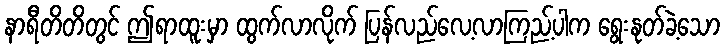
နာရီတိတိတွင် ဤရာထူးမှာ ထွက်လာလိုက် ပြန်လည်လေ့လာကြည့်ပါက ရွေးနုတ်ခဲ့သော